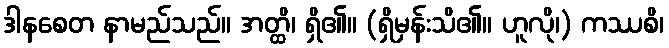
ဒါနစေတ နာမည်သည်။ အတ္ထိ၊ ရှိ၏။ (ရှိမှန်းသိ၏။ ဟူလို၊) ကဿစိ၊